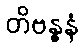
တိဗန္ဓနံ